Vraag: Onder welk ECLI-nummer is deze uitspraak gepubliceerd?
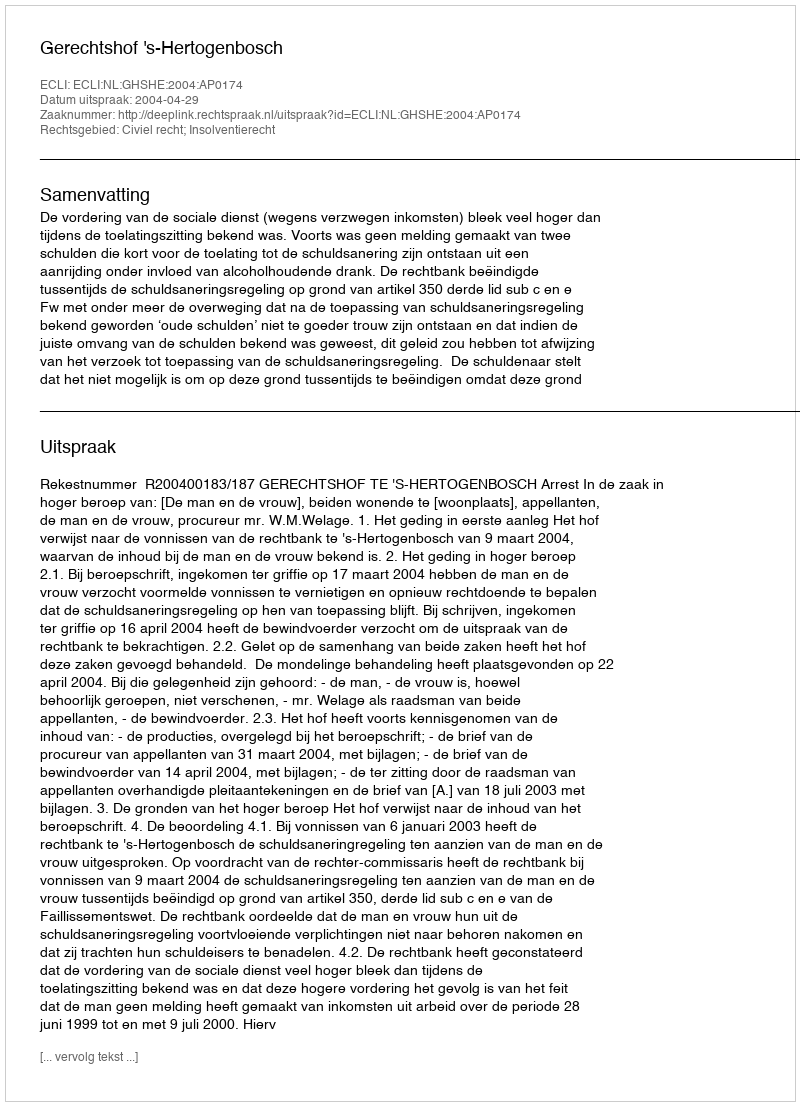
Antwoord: ECLI:NL:GHSHE:2004:AP0174